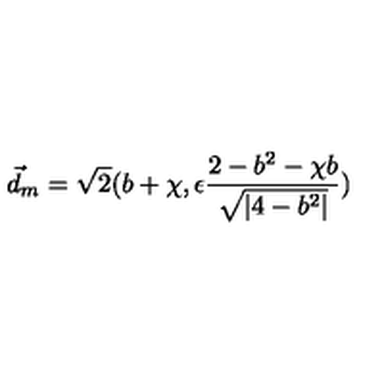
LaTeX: \vec { d } _ { m } = \sqrt { 2 } ( b + \chi , \epsilon \frac { 2 - b ^ { 2 } - \chi b } { \sqrt { | 4 - b ^ { 2 } | } } )